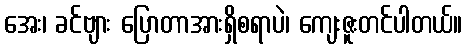
အေး၊ ခင်ဗျား ပြောတာအားရှိစရာပဲ၊ ကျေးဇူးတင်ပါတယ်။